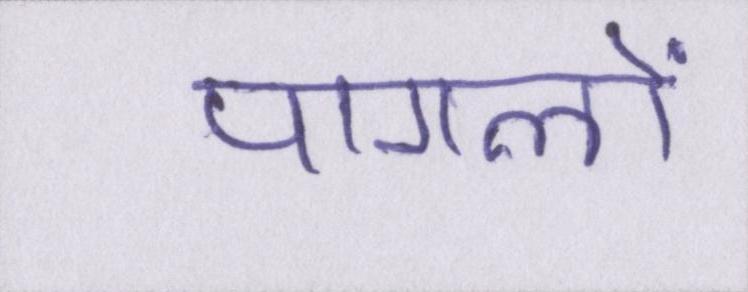
पागलों